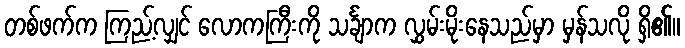
တစ်ဖက်က ကြည့်လျှင် လောကကြီးကို သင်္ချာက လွှမ်းမိုးနေသည်မှာ မှန်သလို ရှိ၏။